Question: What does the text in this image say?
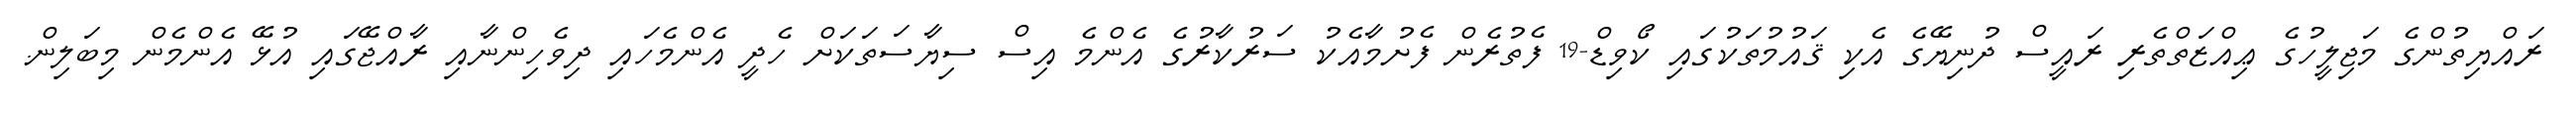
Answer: ރައްޔިތުންގެ މަޖިލީހުގެ ޢިއްޒަތްތެރި ރައީސް ދުނިޔޭގެ އެކި ޤައުމުތަކުގައި ކޯވިޑް-19 ފެތުރެން ފެށުމާއެކު ސަރުކާރުގެ އެންމެ އިސް ސިޔާސަތަކަށް ހެދީ އެންމެހައި ދިވެހިންނާއި ރާއްޖޭގައި އުޅޭ އެންމެން މިބަލިން.